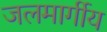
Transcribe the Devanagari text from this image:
जलमार्गीय